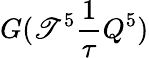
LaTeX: G(\mathscr{T}^{5}\frac{{1}}{{\tau}}Q^{5})